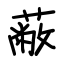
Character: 蔽